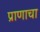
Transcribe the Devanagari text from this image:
प्राणाचा